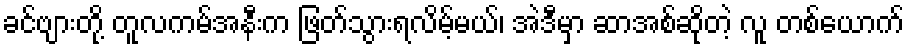
ခင်ဗျားတို့ တူလကမ်အနီးက ဖြတ်သွားရလိမ့်မယ်၊ အဲဒီမှာ ဆာအစ်ဆိုတဲ့ လူ တစ်ယောက်